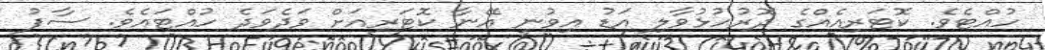
ހުއްޓެވެ. ކޮޓަރިއެއްގެ ދޮރުހުޅުވާލި އަޑު އިވުނީ އޭނާ ކޮޓަރިއަށް ވަދެވަދެ ހުއްޓައެވެ. ސާފު